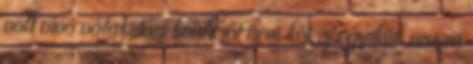
volt vívó választási koalíciót nem köt, s egyikük vissza